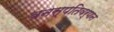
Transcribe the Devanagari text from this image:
वनस्पतिवर्णन